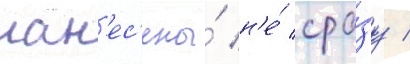
нан'ес'ены́ н'е́ сра́зу /